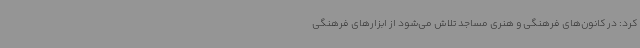
کرد: در کانون‌های فرهنگی و هنری مساجد تلاش می‌شود از ابزارهای فرهنگی